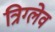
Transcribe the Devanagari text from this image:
त्रिग्लेव